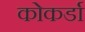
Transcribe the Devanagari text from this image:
कोकर्डा